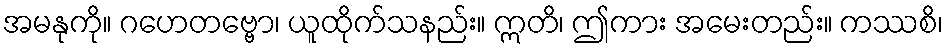
အမနုကို။ ဂဟေတဗ္ဗော၊ ယူထိုက်သနည်း။ ဣတိ၊ ဤကား အမေးတည်း။ ကဿစိ၊